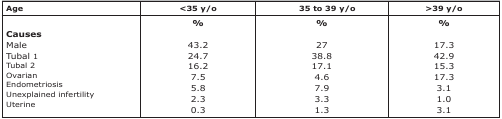
| Age | <35 y/o | 35 to 39 y/o | >39 y/o |
 | --- | --- | --- | --- |
 |  | % | % | % |
 | Causes |  |  |  |
 | Male | 43.2 | 27 | 17.3 |
 | Tubal 1 | 24.7 | 38.8 | 42.9 |
 | Tubal 2 | 16.2 | 17.1 | 15.3 |
 | Ovarian | 7.5 | 4.6 | 17.3 |
 | Endometriosis | 5.8 | 7.9 | 3.1 |
 | Unexplained infertility | 2.3 | 3.3 | 1.0 |
 | Uterine | 0.3 | 1.3 | 3.1 |